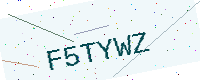
Text: F5TYWZ